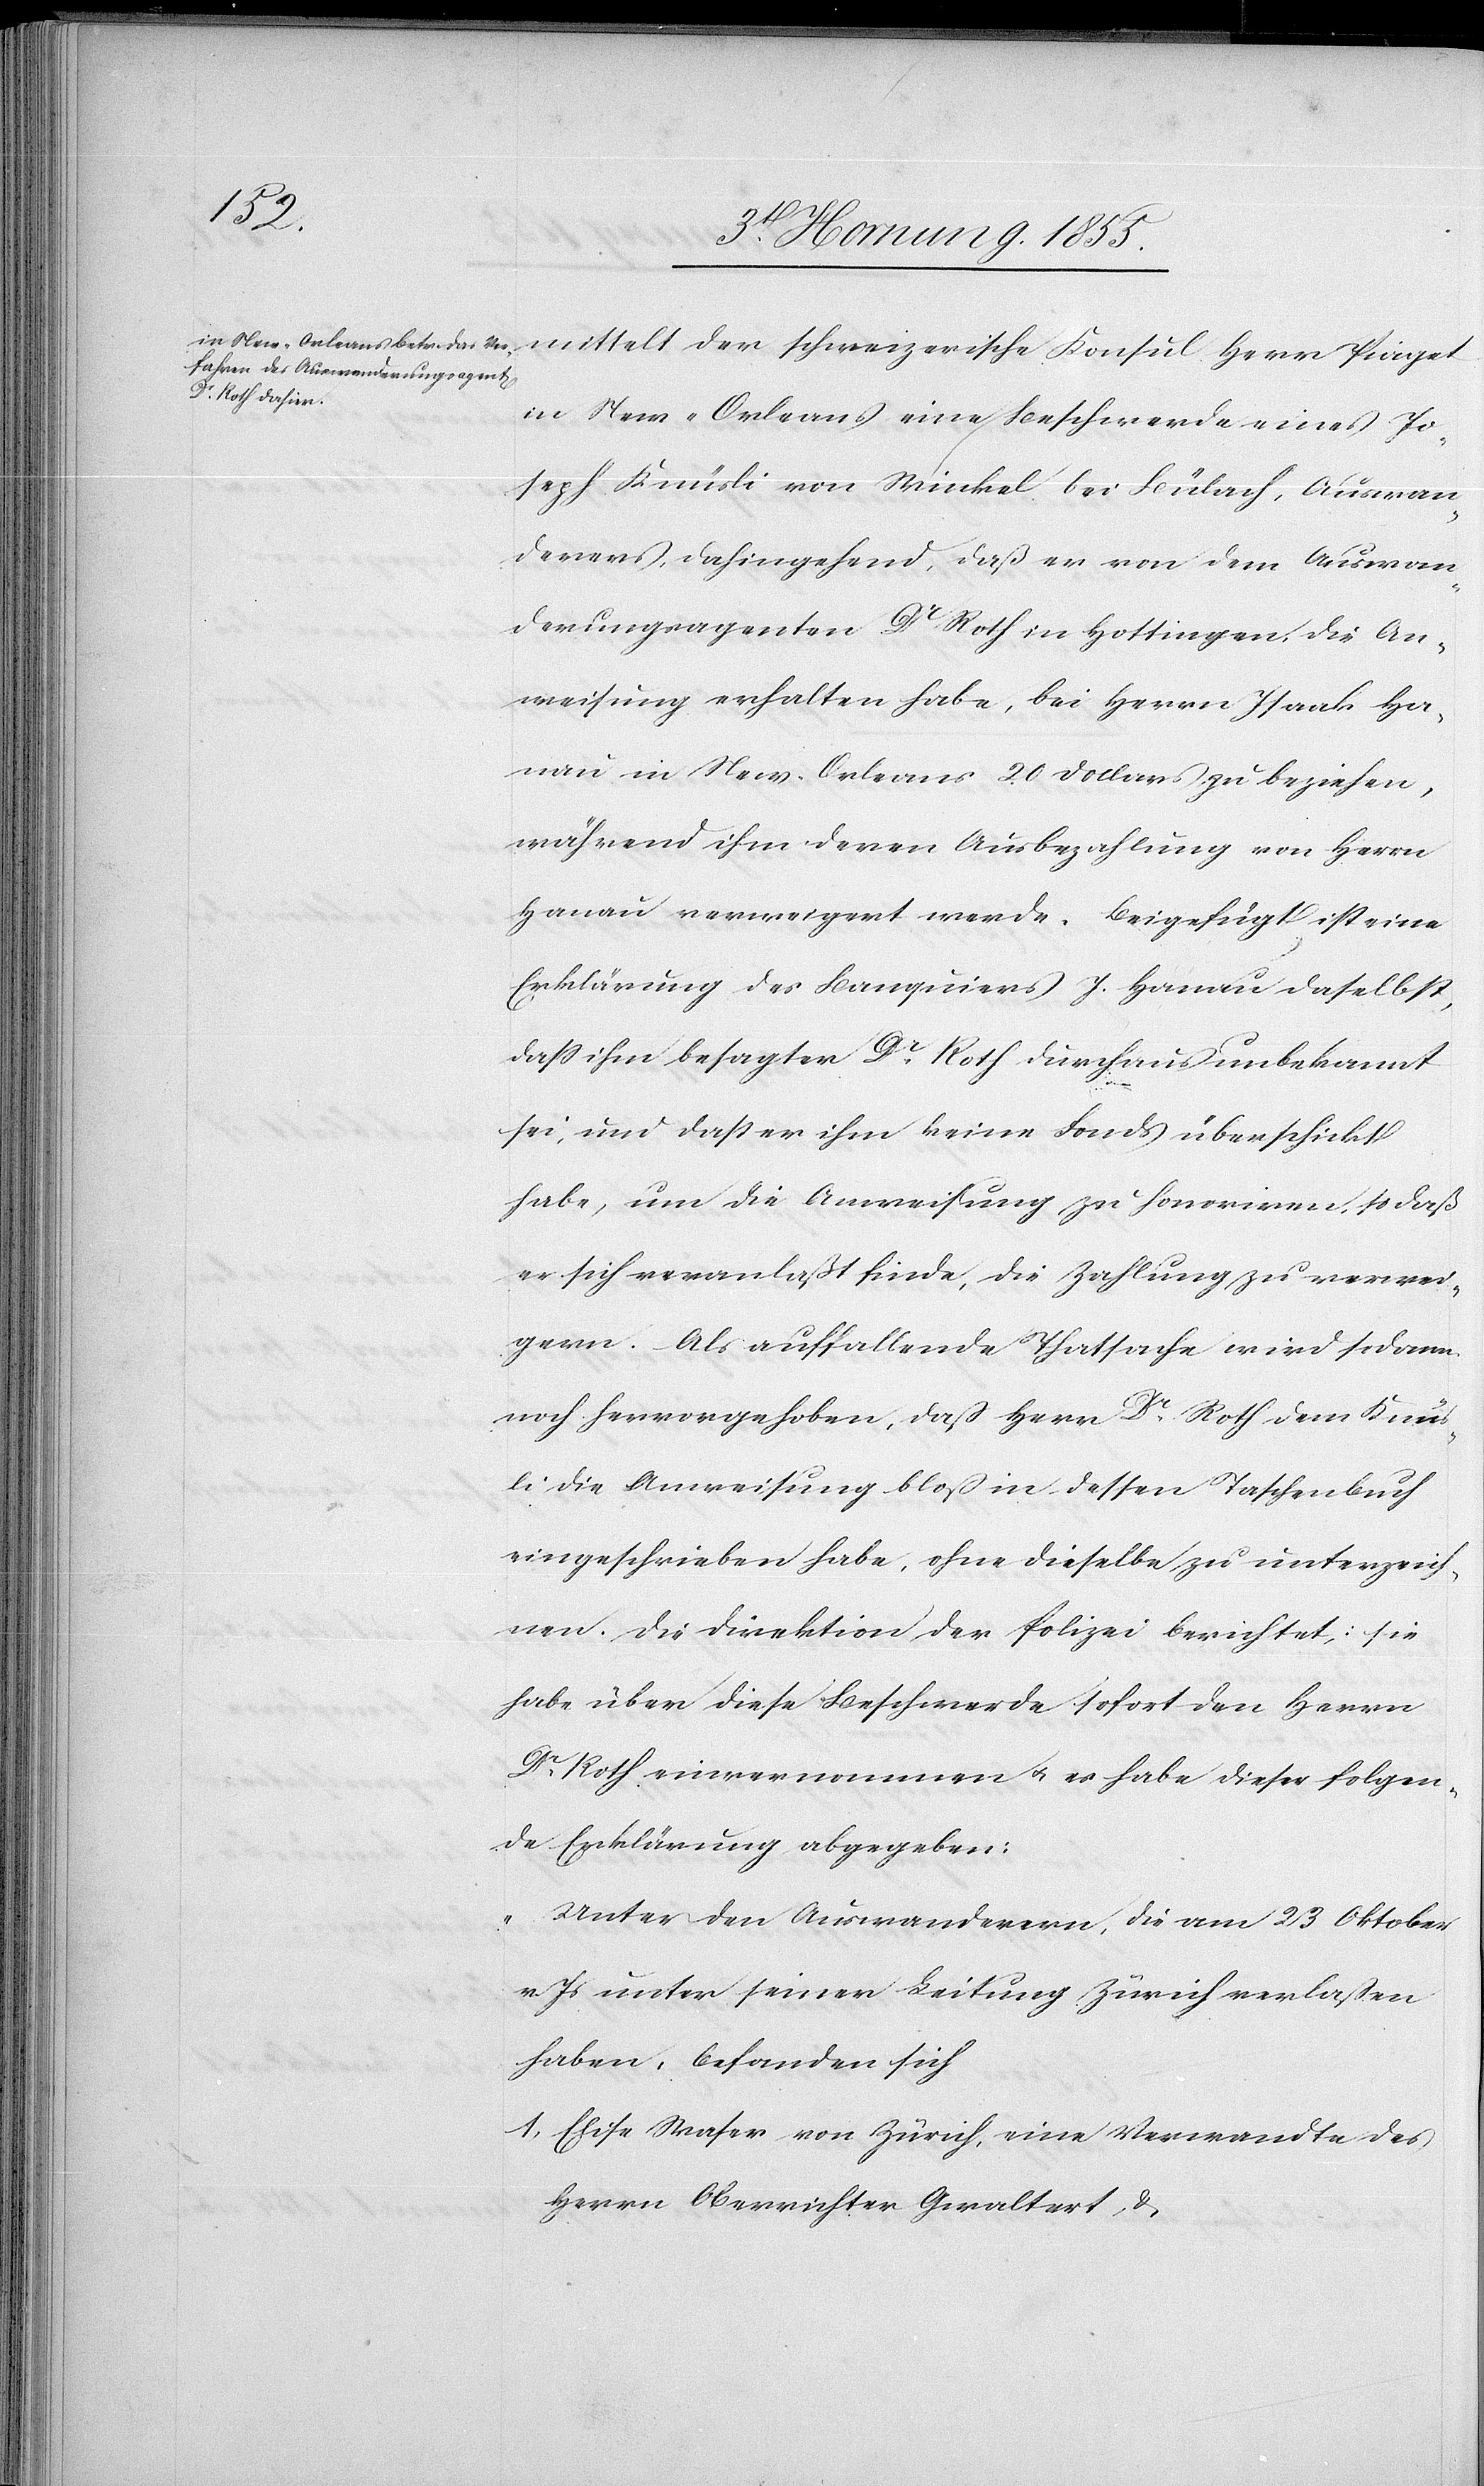
mittelt der schweizerische Konsul Herr Piaget
in New-Orleans eine Beschwerde eines Jo¬
seph Knüsli von Winkel bei Bülach, Auswan¬
derers, dahin gehend, daß er von dem Auswan¬
derungsagenten Dr. Roth in Hottingen, die An¬
weisung erhalten habe, bei Herrn Isaak Ha¬
nau in New-Orleans 20 Dollars zu beziehen,
während ihm deren Ausbezahlung von Herrn
Hanau verweigert werde. Beigefügt ist eine
Erklärung des Banquiers I. Hanau daselbst,
dass ihm besagter Dr. Roth durchaus unbekannt
sei, und daß er ihm keine Fonds überschickt
habe, um die Anweisung zu honoriren, so daß
er sich veranlaßt finde, die Zahlung zu verwei¬
gern. – Als auffallende Thatsache wird sodann
noch hervorgehoben, dass Herr Dr. Roth dem Knüs¬
li die Anweisung bloß in dessen Taschenbuch
eingeschrieben habe, ohne dieselbe zu unterzeichnen.
Die Direktion der Polizei berichtet: sie
habe über diese Beschwerde sofort den Herrn
Dr. Roth einvernommen & es habe dieser folgen¬
de Erklärung abgegeben:
„Unter den Auswanderern, die am 23 Oktober
v. Js unter seiner Leitung Zürich verlassen
haben, befanden sich
1, Elise Waser von Zürich, eine Verwandte des
Herrn Oberrichter Gwaltert, &